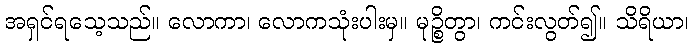
အရှင်ရသေ့သည်။ လောကာ၊ လောကသုံးပါးမှ။ မုဉ္စိတွာ၊ ကင်းလွတ်၍။ သိရိယာ၊